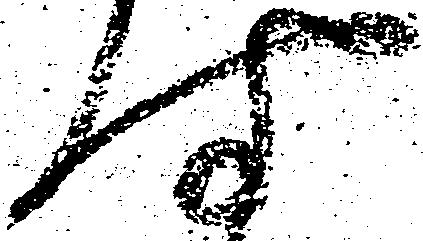
付